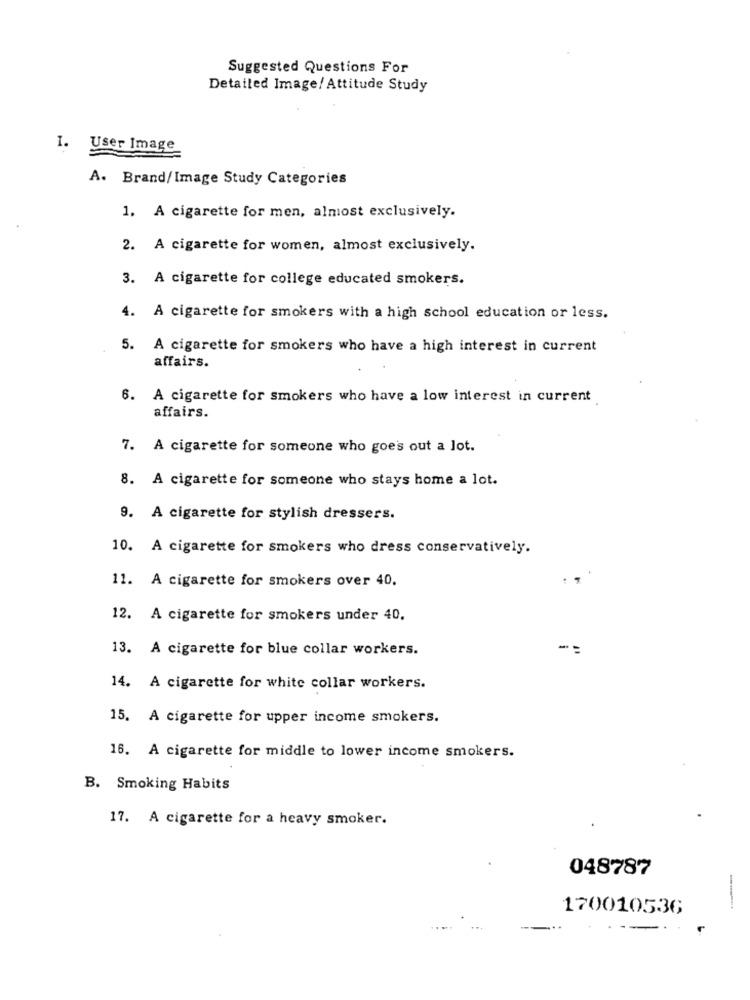
Suggested Questions For
Detailed Image/Attitude Study
1. User Image
A. Brand/Image Study Categories
1. A cigarette for men, almost exclusively.
2. A cigarette for women, almost exclusively.
3. A cigarette for college educated smokers.
4. A cigarette for smokers with a high school education or less.
5. A cigarette for smokers who have a high interest in current
affairs.
6. A cigarette for smokers who have a low interest in current
affairs.
7. A cigarette for someone who goes out a lot.
8. A cigarette for someone who stays home a lot.
9. A cigarette for stylish dressers.
10. A cigarette for smokers who dress conservatively.
11. A cigarette for smokers over 40.
12. A cigarette for smokers under 40.
13. A cigarette for blue collar workers.
--
14. A cigarette for white collar workers.
15. A cigarette for upper income smokers.
16. A cigarette for middle to lower income smokers.
B. Smoking Habits
17. A cigarette for a heavy smoker.
048787
170010536